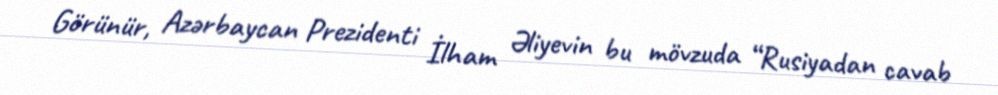
Görünür, Azərbaycan Prezidenti İlham Əliyevin bu mövzuda “Rusiyadan cavab